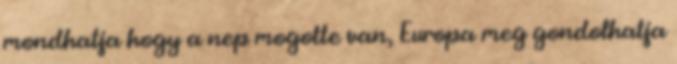
mondhatja hogy a nep mogotte van, Europa meg gondolhatja